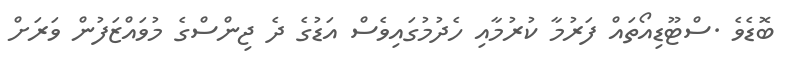
ބޮޑެވެ .ސްޓޫޑިއޯތައް ފަރުމާ ކުރުމާއި ހެދުމުގައިވެސް އަޑުގެ ދެ ޖިންސްގެ މުވައްޒަފުން ވަރަށް